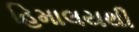
હિમાલયથી